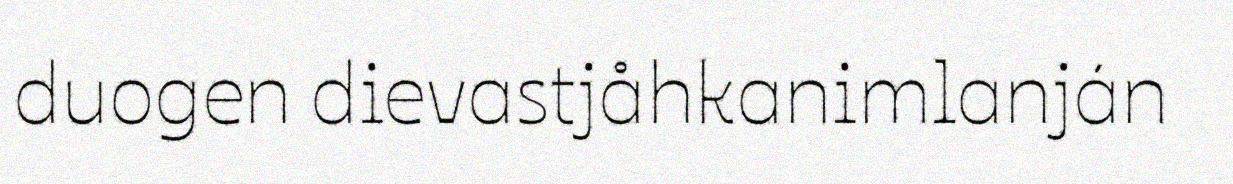
duogen dievastjåhkanimlanján